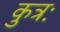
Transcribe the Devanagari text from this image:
कुत्रः